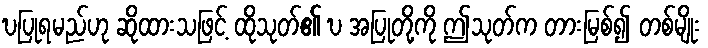
ဎပြုရမည်ဟု ဆိုထားသဖြင့် ထိုသုတ်၏ ဎ အပြုတို့ကို ဤသုတ်က တားမြစ်၍ တစ်မျိုး